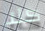
كلا